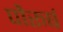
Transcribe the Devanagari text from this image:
पौरुषं